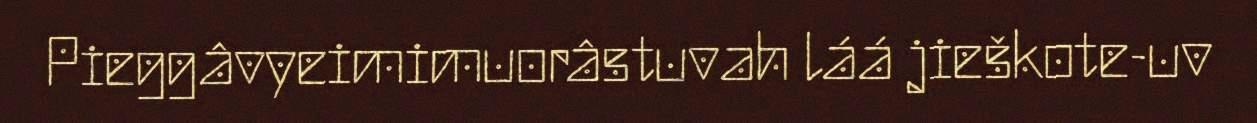
Pieggâvyeimimuorâstuvah láá jieškote-uv